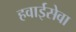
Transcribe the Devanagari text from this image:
हवाईसेवा